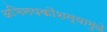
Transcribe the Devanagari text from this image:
अभिनयकौशल्यामुळे